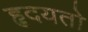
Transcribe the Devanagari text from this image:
हृदयतो